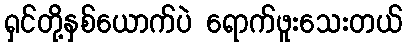
ရှင်တို့နှစ်ယောက်ပဲ ရောက်ဖူးသေးတယ်